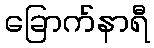
ခြောက်နာရီ